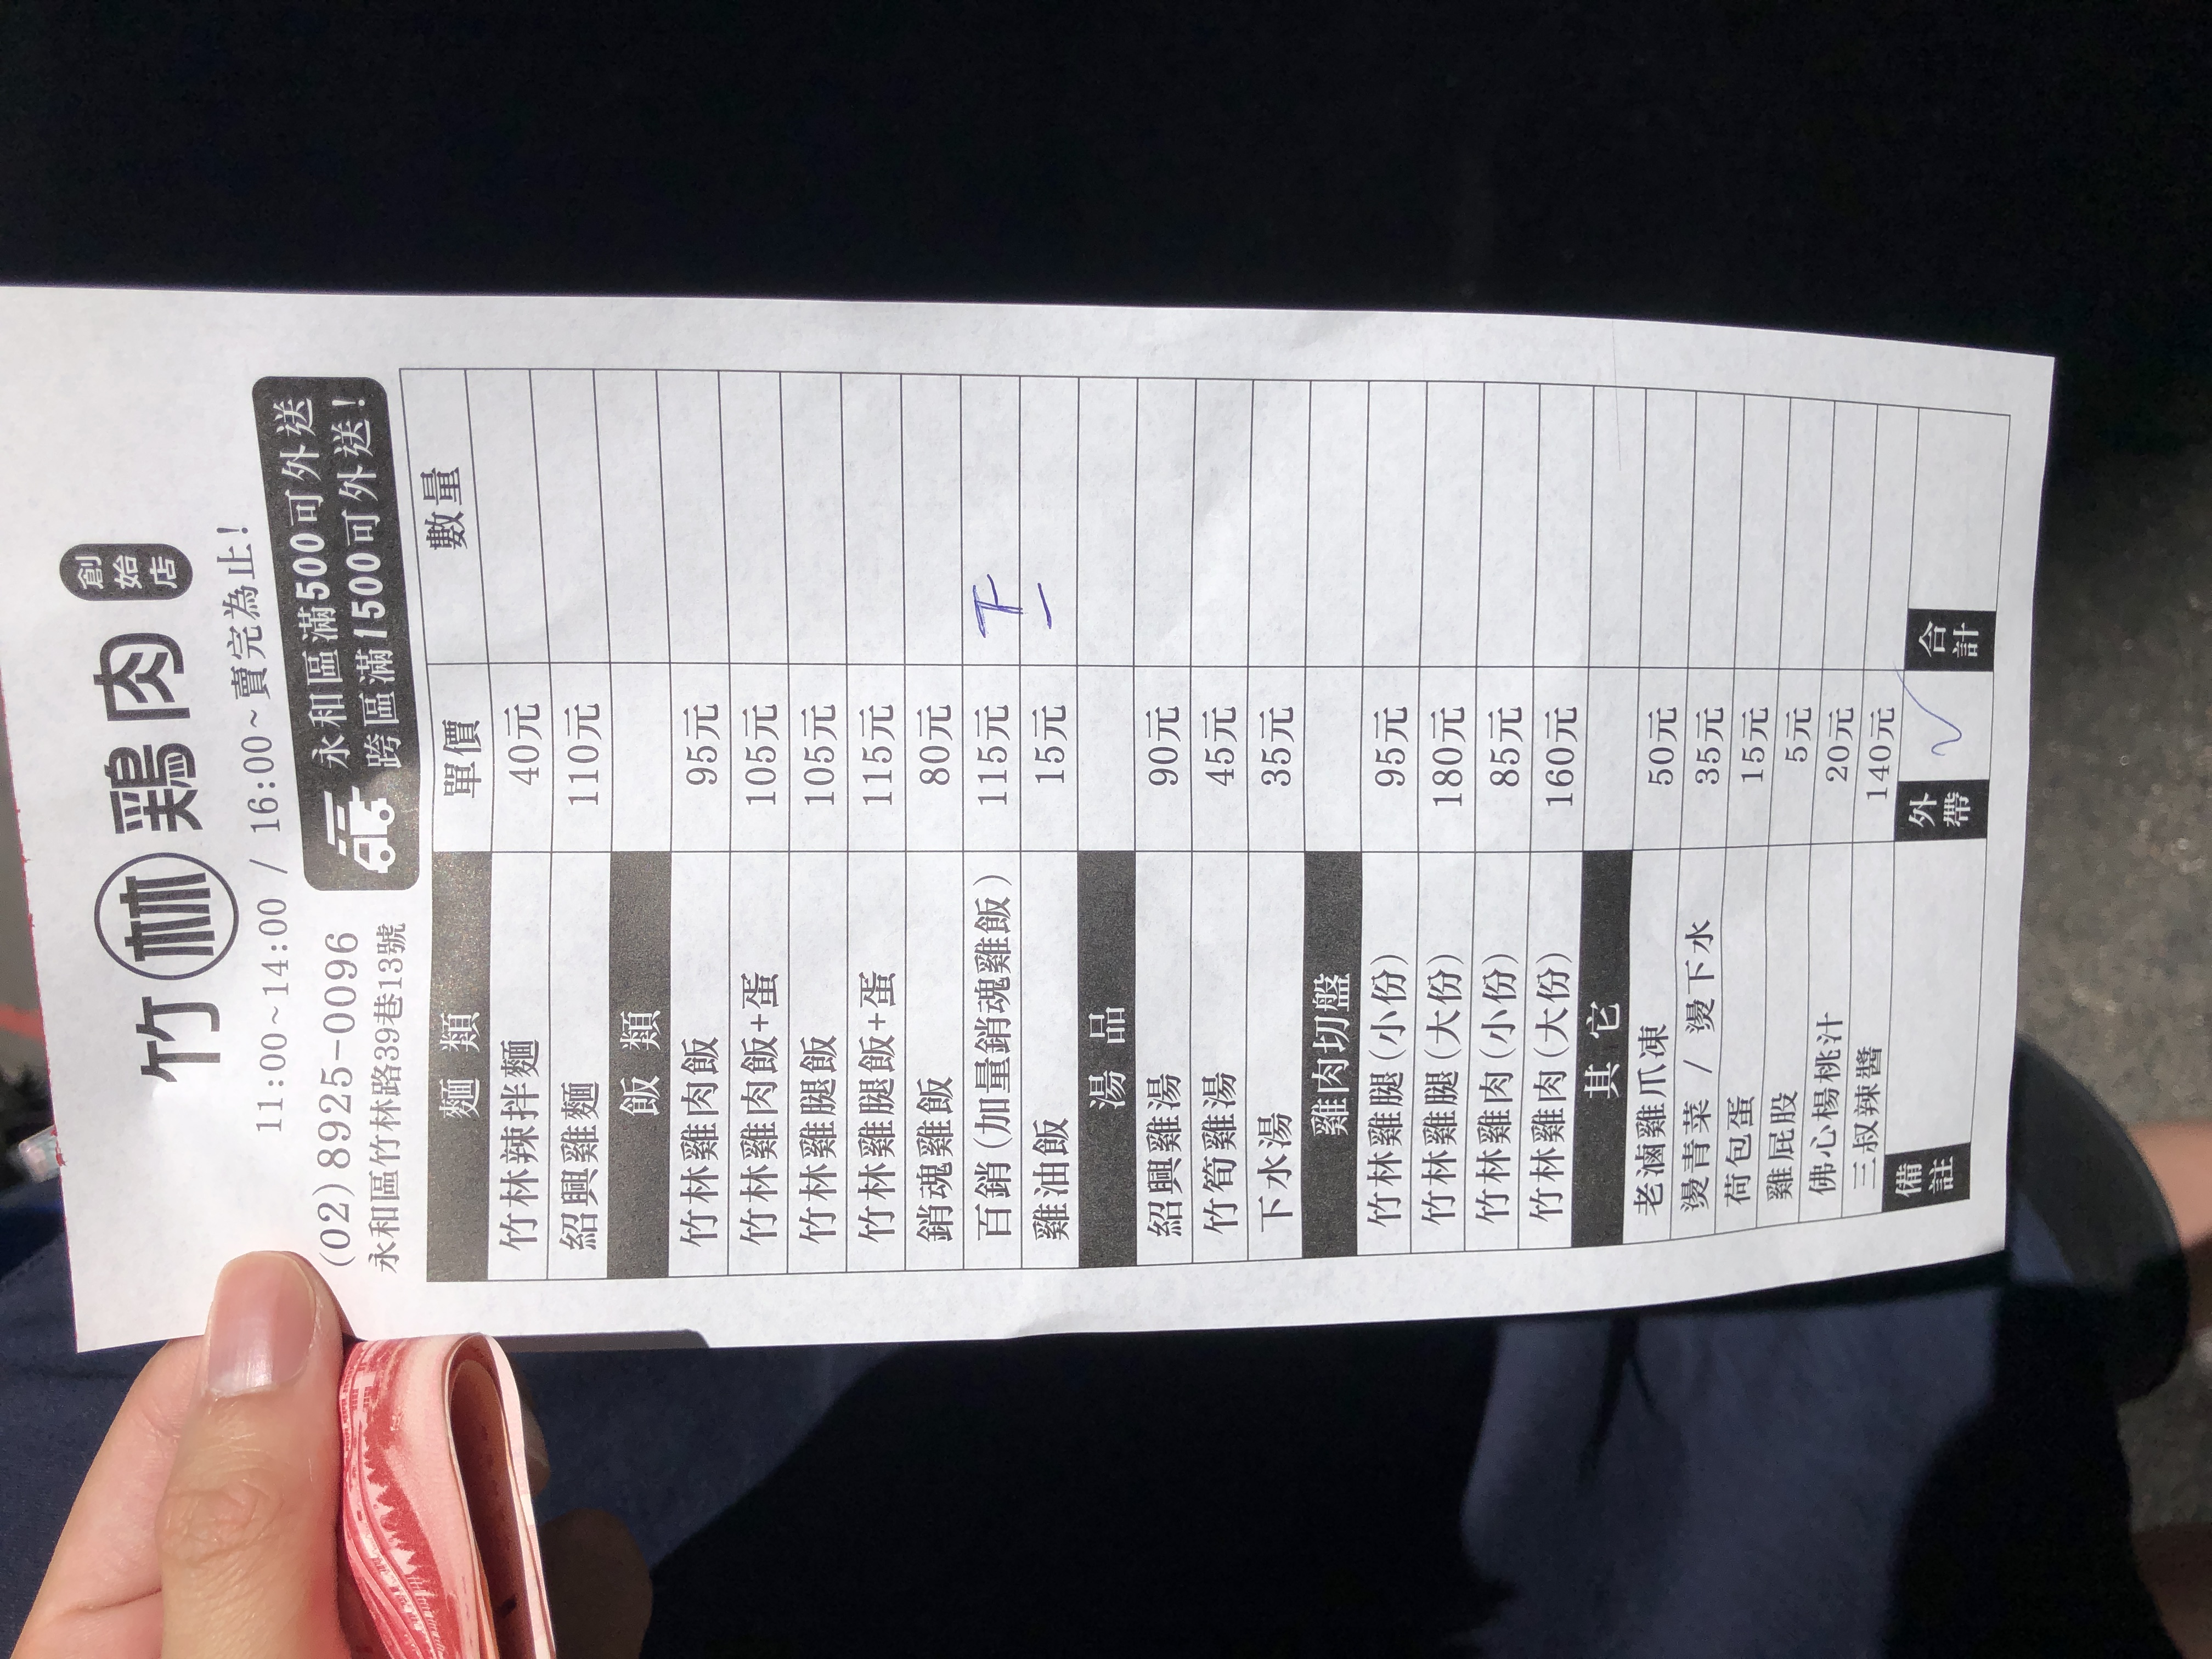
餐廳：竹林雞肉創始店
地址：永和區竹林路39巷13號
電話：(02)8925-0096
營業時間：11:00~14:00/16:00~賣完為止
菜單：
name: 竹林辣拌麵
price: 40元
name: 紹興雞麵
price: 110元
name: 竹林雞肉飯
price: 95元
name: 竹林雞肉飯+蛋
price: 105元
name: 竹林雞腿飯
price: 105元
name: 竹林雞腿飯+蛋
price: 115元
name: 銷魂雞飯
price: 80元
name: 百銷(加量銷魂雞飯)
price: 115元
name: 雞油飯
price: 15元
name: 紹興雞湯
price: 90元
name: 竹筍雞湯
price: 45元
name: 下水湯
price: 35元
name: 竹林雞腿(小份)
price: 95元
name: 竹林雞腿(大份)
price: 180元
name: 竹林雞肉(小份)
price: 85元
name: 竹林雞肉(大份)
price: 160元
name: 老滷雞爪凍
price: 50元
name: 燙青菜/燙下水
price: 35元
name: 荷包蛋
price: 15元
name: 雞屁股
price: 5元
name: 佛心楊桃汁
price: 20元
name: 三叔辣醬
price: 140元